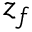
z _ { f }